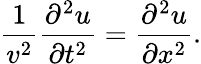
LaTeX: {\frac{1}{v^{2}}}{\frac{\partial^{2}u}{\partial t^{2}}}={\frac{\partial^{2}u}{\partial x^{2}}}.